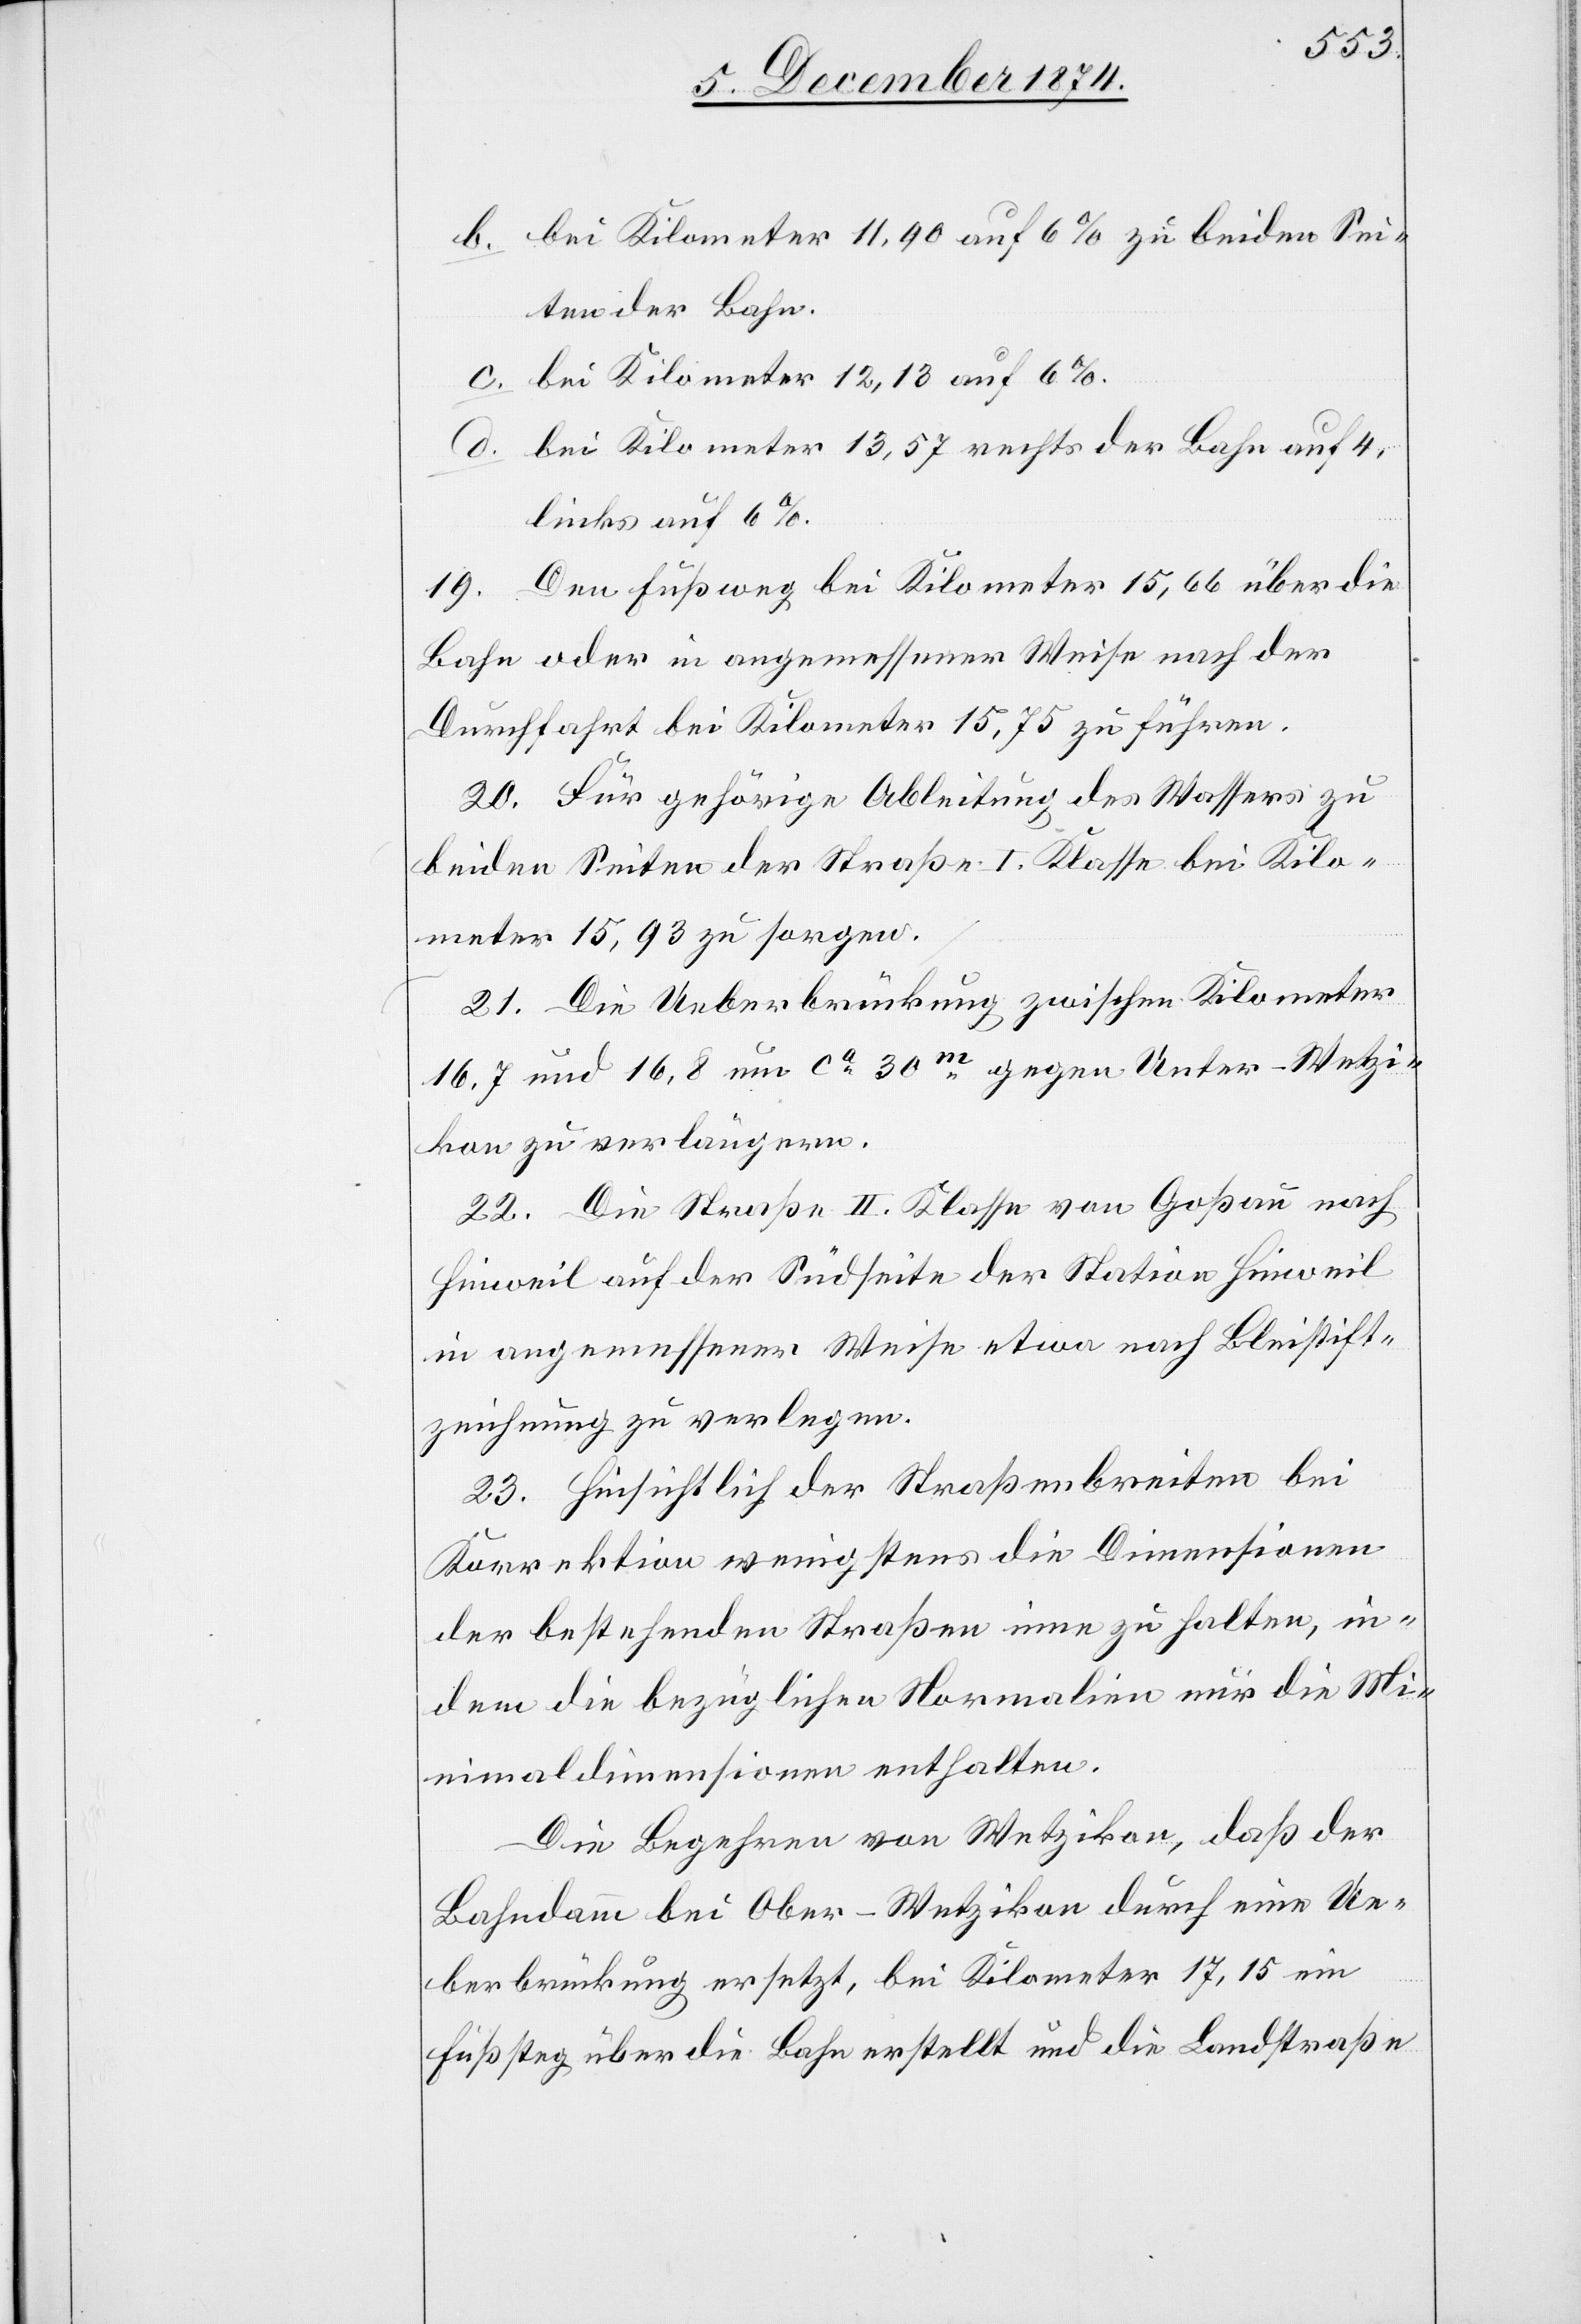
b. bei Kilometer 11,90 auf 6% zu beiden Sei¬
ten der Bahn.
c. bei Kilometer 12,13 auf 6%.
d. bei Kilometer 13,57 rechts der Bahn auf 4,
links auf 6%.
19. Den Fußweg bei Kilometer 15,66 über die
Bahn oder in angemessener Weise nach der
Durchfahrt bei Kilometer 15,75 zu führen.
20. Für gehörige Ableitung des Wassers zu
beiden Seiten der Straße I. Klasse bei Kilo¬
meter 15,93 zu sorgen.
21. Die Ueberbrückung zwischen Kilometer
16,7 und 16,8 um ca 30m gegen Uster–Wetzi¬
kon zu verlängern.
22. Die Straße II. Klasse von Goßau nach
Hinweil auf der Südseite der Station Hinweil
in angemessener Weise etwa nach Bleistift¬
zeichnung zu verlegen.
23. Hinsichtlich der Straßenbreiten bei
Korrektion wenigstens die Dimensionen
der bestehenden Straßen inne zu halten, in¬
dem die bezüglichen Normalien nur die Mi¬
nimaldimensionen enthalten.
Die Begehren von Wetzikon, daß der
Bahndamm bei Ober-Wetzikon durch eine Ue¬
berbrückung ersetzt, bei Kilometer 17,15 ein
Fußsteg über die Bahn erstellt und die Landstraße